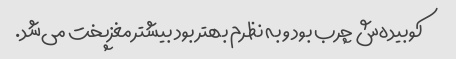
کوبیده‌ش چرب بود و به نظرم بهتر بود بیشتر مغزپخت می‌شد.